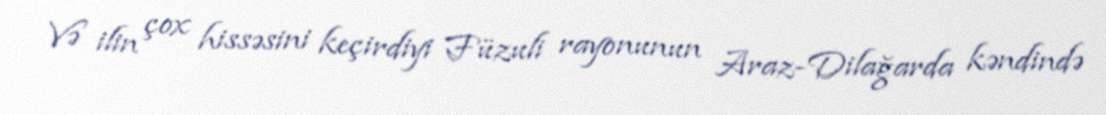
Və ilin çox hissəsini keçirdiyi Füzuli rayonunun Araz-Dilağarda kəndində